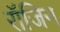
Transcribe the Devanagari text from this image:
रॉजिन